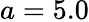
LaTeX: a=5.0